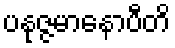
ပနုဇ္ဇမာနောပီတိ